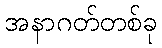
အနာဂတ်တစ်ခု